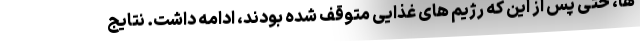
ها، حتی پس از این که رژیم های غذایی متوقف شده بودند، ادامه داشت. نتایج